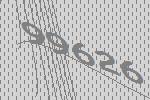
99626